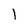
Character: 1